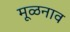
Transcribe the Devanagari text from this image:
मूळनाव